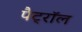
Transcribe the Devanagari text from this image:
पैट्रॉल